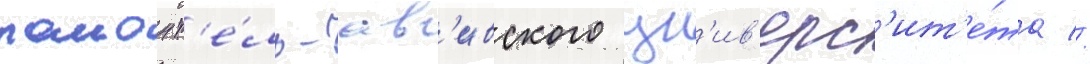
раион т'е́ль-ав'ивского ун'ив'ерс'ит'е́та //